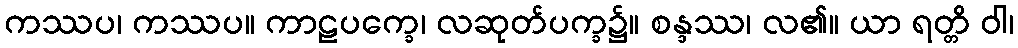
ကဿပ၊ ကဿပ။ ကာဠပက္ခေ၊ လဆုတ်ပက္ခ၌။ စန္ဒဿ၊ လ၏။ ယာ ရတ္တိ ဝါ၊